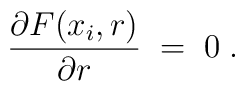
{\partial F(x_i,r)\over \partial r}\;=\;0\;.